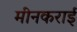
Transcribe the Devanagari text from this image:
मीनकराई